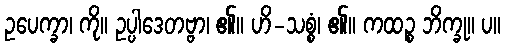
ဥပေက္ခာ၊ ကို။ ဥပ္ပါဒေတဗ္ဗာ၊ ၏။ ဟိ-သစ္စံ၊ ၏။ ကထဉ္စ ဘိက္ခု။ ပ။